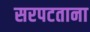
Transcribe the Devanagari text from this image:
सरपटताना